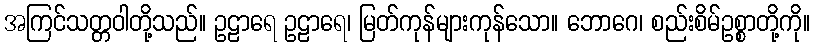
အကြင်သတ္တဝါတို့သည်။ ဥဠာရေ ဥဠာရေ၊ မြတ်ကုန်များကုန်သော။ ဘောဂေ၊ စည်းစိမ်ဥစ္စာတို့ကို။